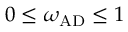
0 \leq \omega _ { \mathrm { A D } } \leq 1